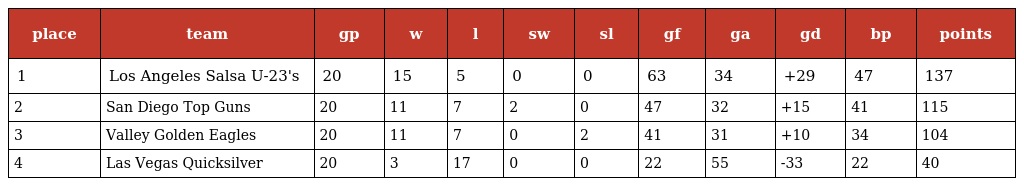
| place | team | gp | w | l | sw | sl | gf | ga | gd | bp | points |
 | --- | --- | --- | --- | --- | --- | --- | --- | --- | --- | --- | --- |
 | 1 | Los Angeles Salsa U-23's | 20 | 15 | 5 | 0 | 0 | 63 | 34 | +29 | 47 | 137 |
 | 2 | San Diego Top Guns | 20 | 11 | 7 | 2 | 0 | 47 | 32 | +15 | 41 | 115 |
 | 3 | Valley Golden Eagles | 20 | 11 | 7 | 0 | 2 | 41 | 31 | +10 | 34 | 104 |
 | 4 | Las Vegas Quicksilver | 20 | 3 | 17 | 0 | 0 | 22 | 55 | -33 | 22 | 40 |